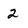
Character: 2